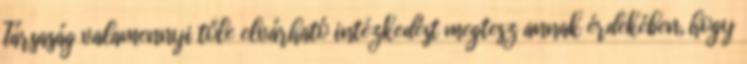
Társaság valamennyi tőle elvárható intézkedést megtesz annak érdekében, hogy